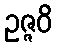
ဥဇ္ဇဝိ